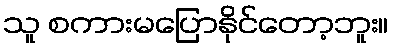
သူ စကားမပြောနိုင်တော့ဘူး။